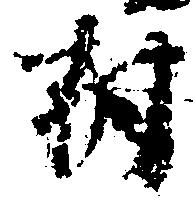
村